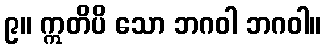
၉။ ဣတိပိ သော ဘဂဝါ ဘဂဝါ။